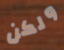
ولكن